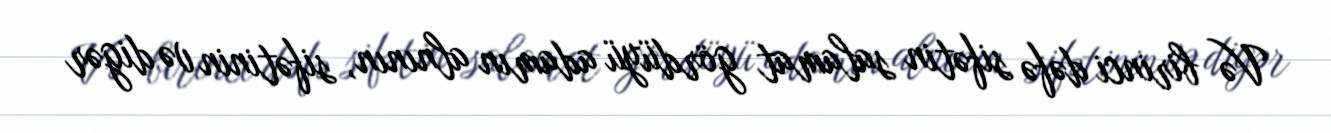
Və birinci dəfə sifətin salamat gördüyü adamın alnının, sifətinin və digər